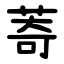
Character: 䓫